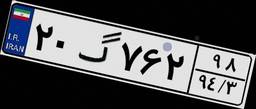
۱۷گ۴۰۹۲۸